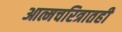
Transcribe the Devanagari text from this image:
आत्मचरित्रातही